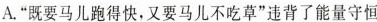
A.”既要马儿跑得快，又要马儿不吃草”违背了能量守恒